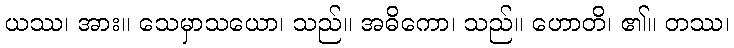
ယဿ၊ အား။ သေမှာသယော၊ သည်။ အဓိကော၊ သည်။ ဟောတိ၊ ၏။ တဿ၊